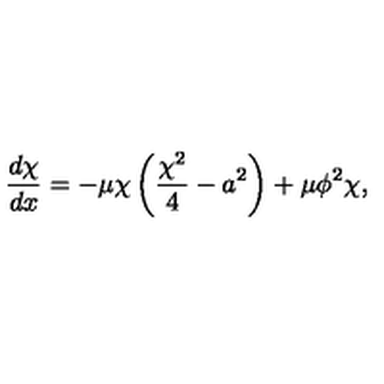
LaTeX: \frac { d \chi } { d x } = - \mu \chi \left( \frac { \chi ^ { 2 } } { 4 } - a ^ { 2 } \right) + \mu \phi ^ { 2 } \chi ,